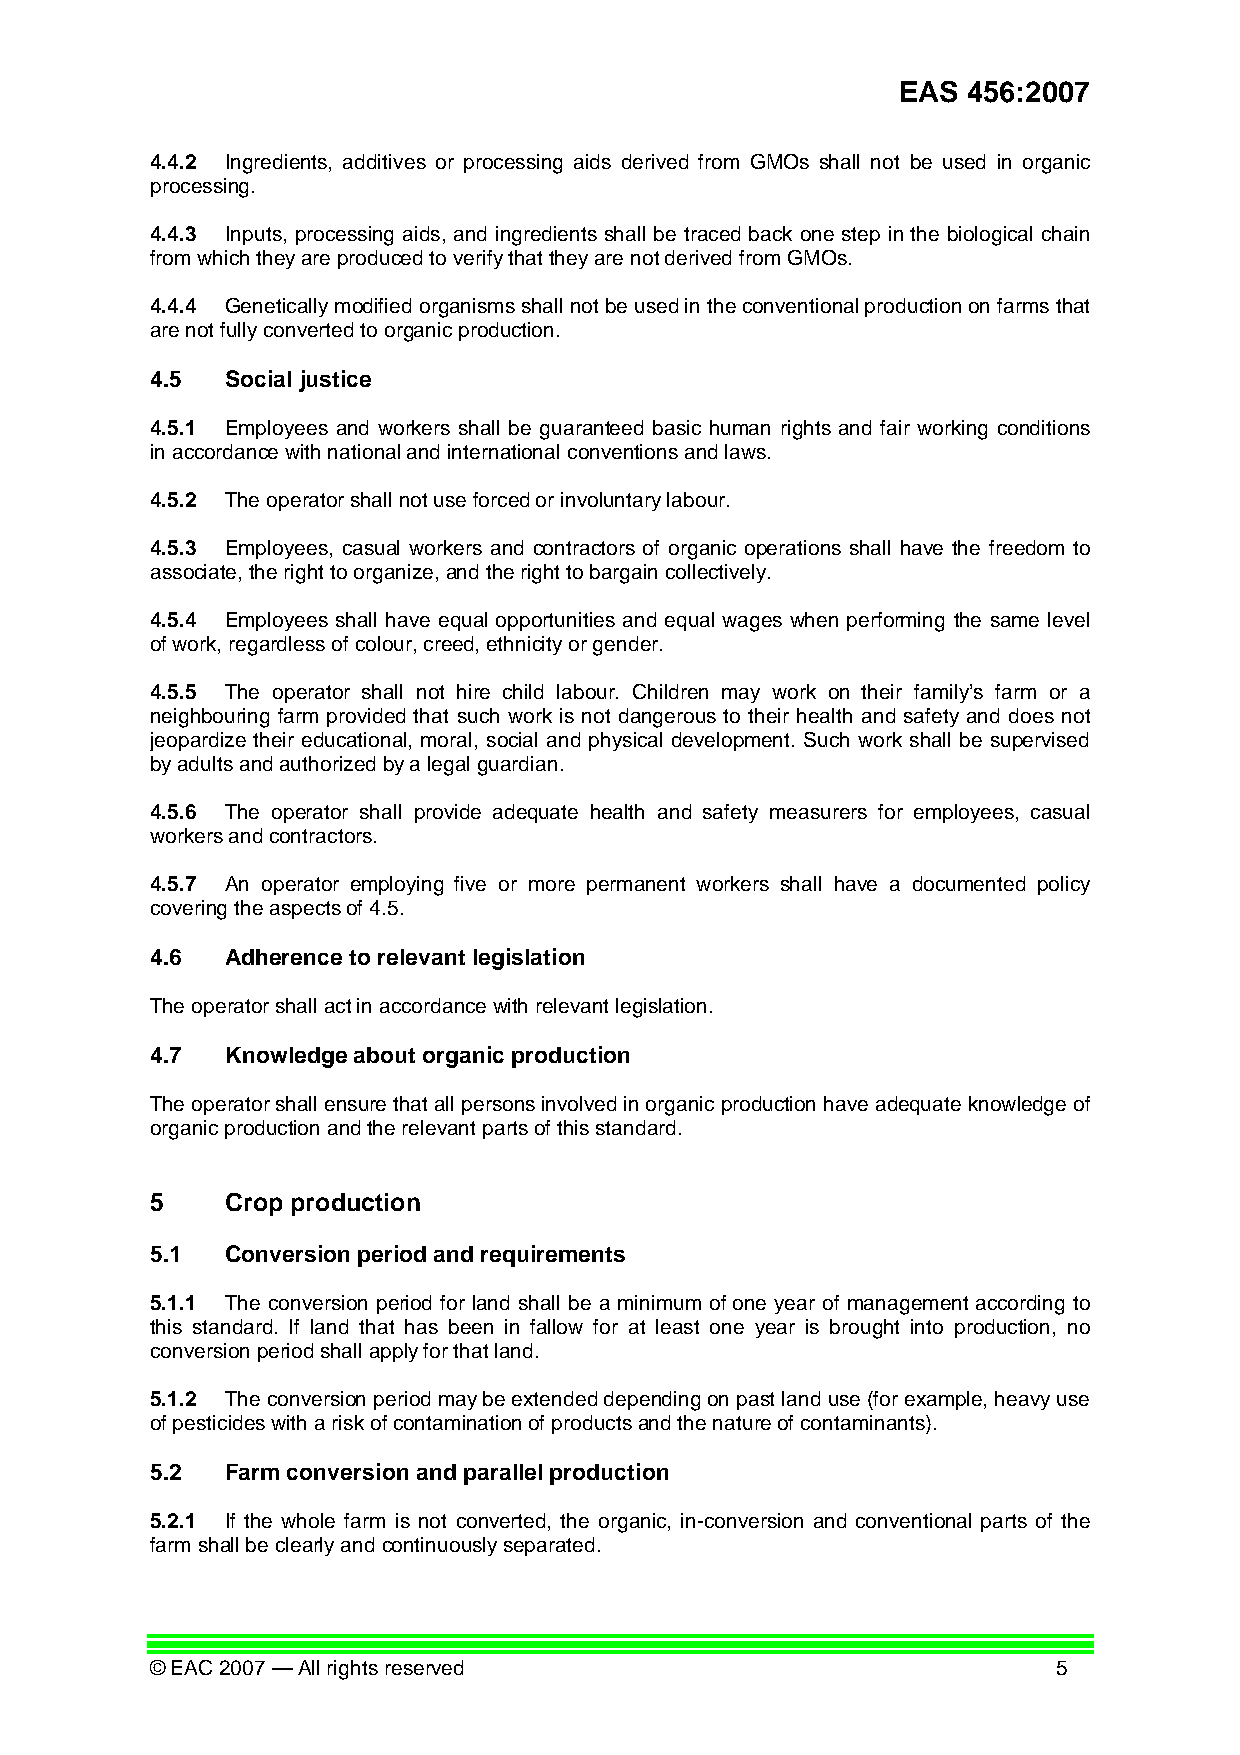
EAS  456:2007
 4.4.2 Ingredients, additives or processing aids derived from GMOs shall not be used in organic
 processing.
 4.4.3 Inputs, processing aids, and ingredients shall be traced back one step in the biological chain
 from which they are produced to verify that they are not derived from GMOs.
 4.4.4 Genetically modified organisms shall not be used in the conventional production on farms that
 are not fully converted to organic production.
 4.5  Social justice
 4.5.1 Employees and workers shall be guaranteed basic human rights and fair working conditions
 in accordance with national and international conventions and laws.
 4.5.2 The operator shall not use forced or involuntary labour.
 4.5.3 Employees, casual workers and contractors of organic operations shall have the freedom to
 associate, the right to organize, and the right to bargain collectively.
 4.5.4 Employees shall have equal opportunities and equal wages when performing the same level
 of work, regardless of colour, creed, ethnicity or gender.
 4.5.5 The operator shall not hire child labour. Children may work on their family’s farm or a
 neighbouring farm provided that such work is not dangerous to their health and safety and does not
 jeopardize their educational, moral, social and physical development. Such work shall be supervised
 by adults and authorized by a legal guardian.
 4.5.6 The operator shall provide adequate health and safety measurers for employees, casual
 workers and contractors.
 4.5.7 An operator employing five or more permanent workers shall have a documented policy
 covering the aspects of 4.5.
 4.6  Adherence to relevant legislation
 The operator shall act in accordance with relevant legislation.
 4.7  Knowledge about organic production
 The operator shall ensure that all persons involved in organic production have adequate knowledge of
 organic production and the relevant parts of this standard.
 5    Crop production
 5.1  Conversion period and requirements
 5.1.1 The conversion period for land shall be a minimum of one year of management according to
 this standard. If land that has been in fallow for at least one year is brought into production, no
 conversion period shall apply for that land.
 5.1.2 The conversion period may be extended depending on past land use (for example, heavy use
 of pesticides with a risk of contamination of products and the nature of contaminants).
 5.2  Farm conversion and parallel production
 5.2.1 If the whole farm is not converted, the organic, in-conversion and conventional parts of the
 farm shall be clearly and continuously separated.
 © EAC 2007 — All rights reserved                            5